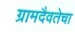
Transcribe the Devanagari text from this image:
ग्रामदैवतेचा